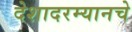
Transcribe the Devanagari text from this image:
देशादरम्यानचे